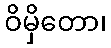
ဝိမှိတော၊